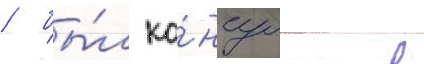
/ бы́л ко́нсулом в